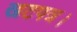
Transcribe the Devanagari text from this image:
खटपत्र।